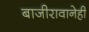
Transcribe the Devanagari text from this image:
बाजीरावानेही